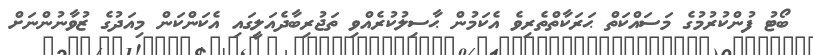
ބޯޓު ފުންކުރުމުގެ މަސައްކަތް ޙަރަކާތްތެރިވެ އެކަމުން ޙާސިލުކުރެއްވި ތަޖުރިބާދެއަލީގައި އެކަންކަން މިއަދުގެ ޒުވާނުންނަށް